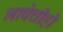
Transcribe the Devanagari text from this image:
भाषेचीही